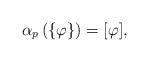
LaTeX: \begin{align*}\alpha_{p}\left(\{\varphi\}\right)=[\varphi],\end{align*}